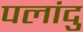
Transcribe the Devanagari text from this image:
पलांदु